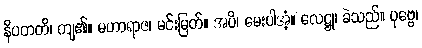
နိပတတိ၊ ကျ၏။ မဟာရာဇ၊ မင်းမြတ်။ အပိ၊ မေးပါအံ့။ လေဋ္ဌု၊ ခဲသည်။ ပုဗ္ဗေ၊